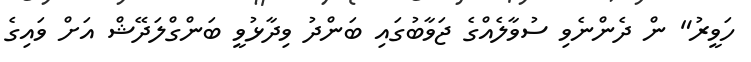
ހަވީރު" ން ދެންނެވި ސުވާލެއްގެ ޖަވާބުގައި ބަންދު ވިދާޅުވީ ބަންގްލަދޭޝް އަށް ވައިގެ